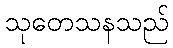
သုတေသနသည်